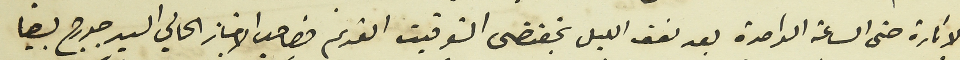
الانارة حتى الساعة الواحدة بعد نصف الليل بمقتضى التوقيت القديم فصاحب الامتياز الحالي جورج بيضا